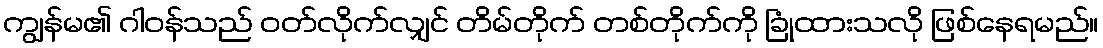
ကျွန်မ၏ ဂါဝန်သည် ဝတ်လိုက်လျှင် တိမ်တိုက် တစ်တိုက်ကို ခြုံထားသလို ဖြစ်နေရမည်။